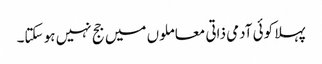
پہلا کوئی آدمی ذاتی معاملوں میں جج نہیں ہو سکتا۔